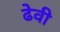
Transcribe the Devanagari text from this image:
ढेवी